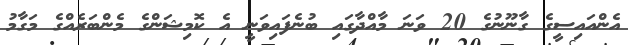
އެންއައިސީގެ ގާނޫނުގެ 20 ވަނަ މާއްދާގައި ބުނެފައިވަނީ އެ ކޮމިޝަންގެ މެންބަރެއްގެ މަގާމު